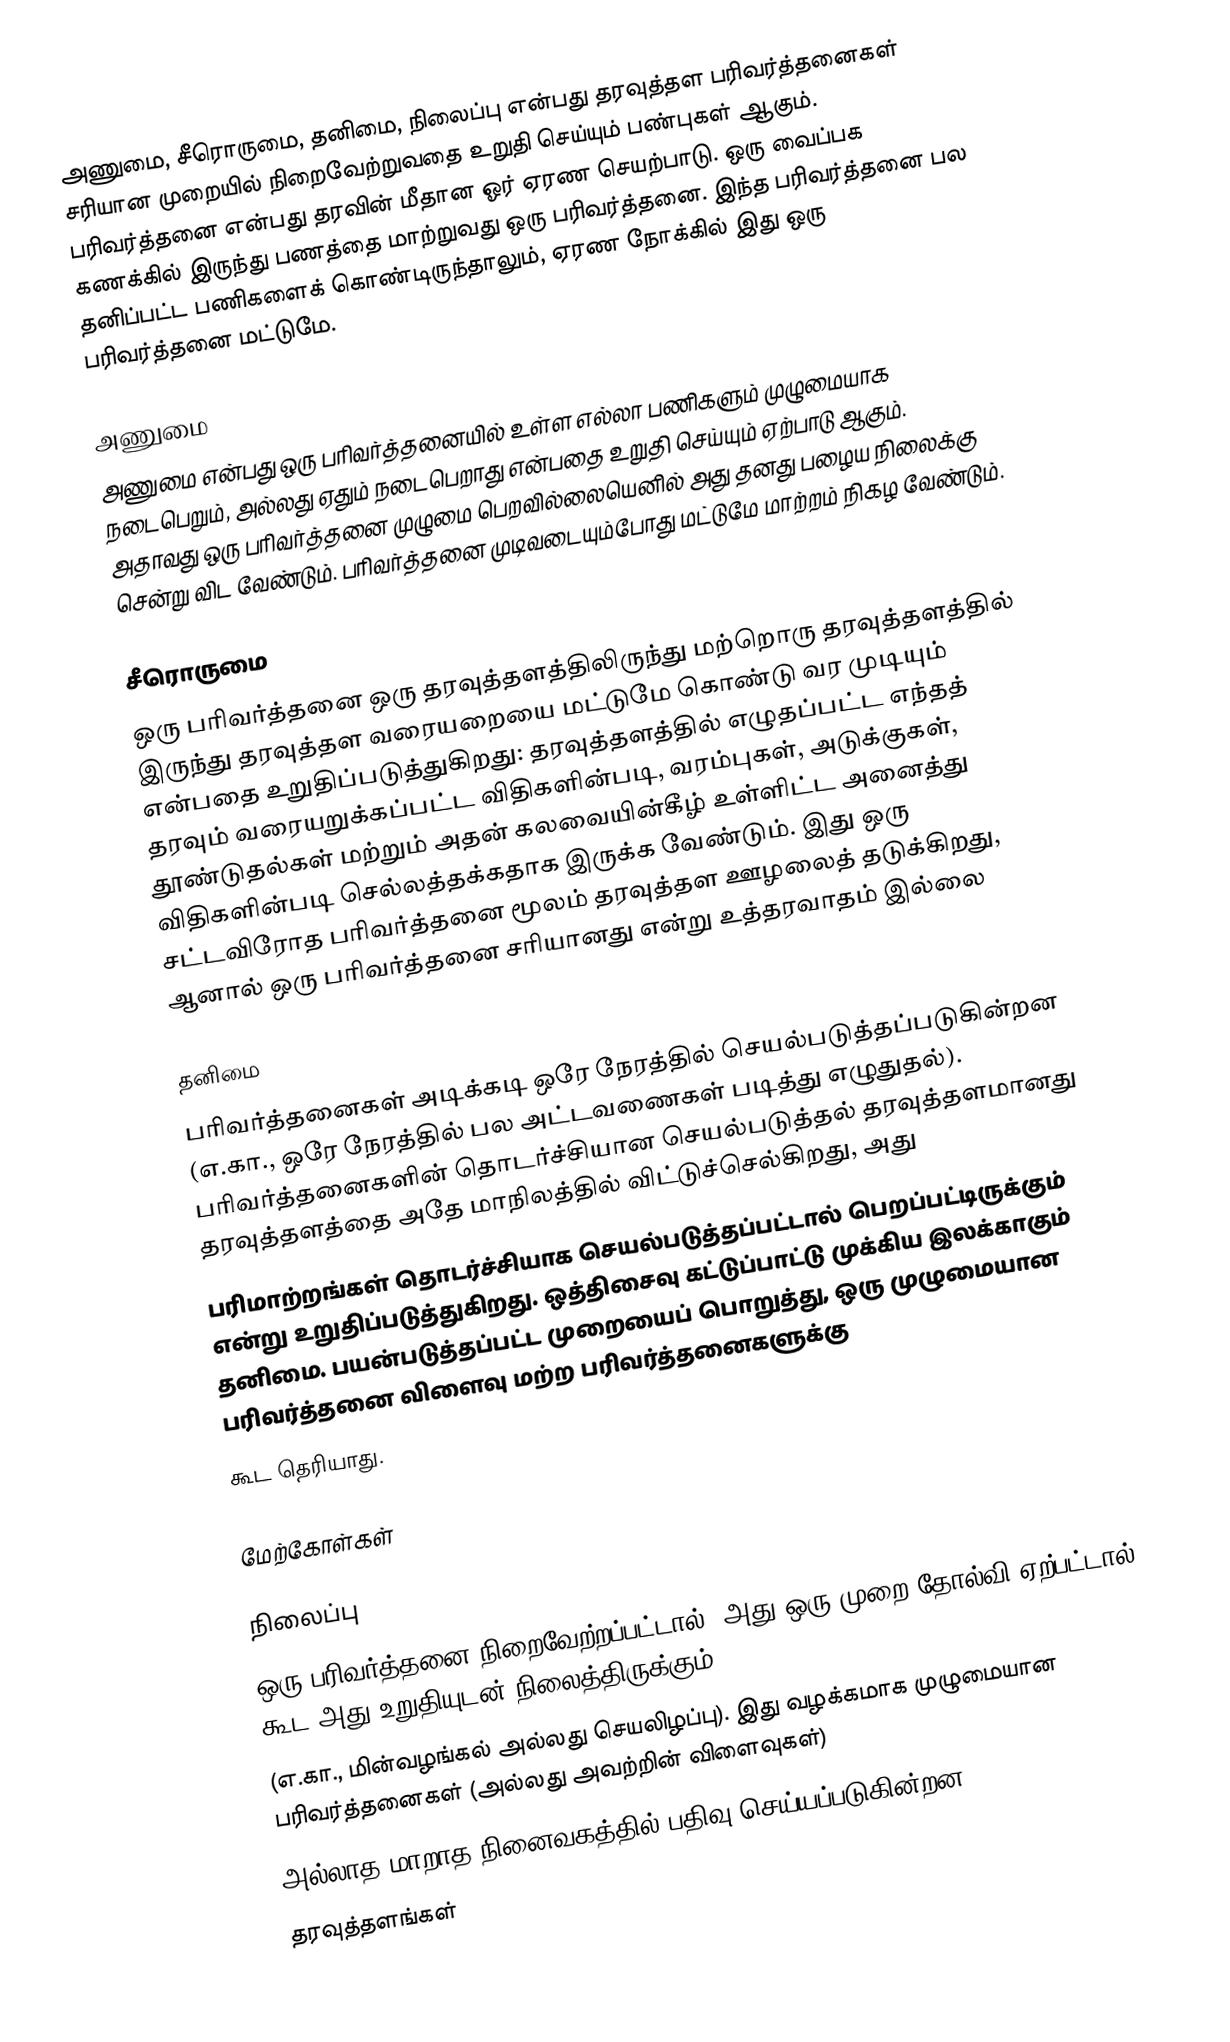
அணுமை, சீரொருமை, தனிமை, நிலைப்பு என்பது தரவுத்தள பரிவர்த்தனைகள் சரியான முறையில் நிறைவேற்றுவதை உறுதி செய்யும் பண்புகள் ஆகும். பரிவர்த்தனை என்பது தரவின் மீதான ஓர் ஏரண செயற்பாடு. ஒரு வைப்பக கணக்கில் இருந்து பணத்தை மாற்றுவது ஒரு பரிவர்த்தனை. இந்த பரிவர்த்தனை பல தனிப்பட்ட பணிகளைக் கொண்டிருந்தாலும், ஏரண நோக்கில் இது ஒரு பரிவர்த்தனை மட்டுமே.

அணுமை
அணுமை என்பது ஒரு பரிவர்த்தனையில் உள்ள எல்லா பணிகளும் முழுமையாக நடைபெறும், அல்லது ஏதும் நடைபெறாது என்பதை உறுதி செய்யும் ஏற்பாடு ஆகும். அதாவது ஒரு பரிவர்த்தனை முழுமை பெறவில்லையெனில் அது தனது பழைய நிலைக்கு சென்று விட வேண்டும். பரிவர்த்தனை முடிவடையும்போது மட்டுமே மாற்றம் நிகழ வேண்டும்.

சீரொருமை
ஒரு பரிவர்த்தனை ஒரு தரவுத்தளத்திலிருந்து மற்றொரு தரவுத்தளத்தில் இருந்து தரவுத்தள வரையறையை மட்டுமே கொண்டு வர முடியும் என்பதை உறுதிப்படுத்துகிறது: தரவுத்தளத்தில் எழுதப்பட்ட எந்தத் தரவும் வரையறுக்கப்பட்ட விதிகளின்படி, வரம்புகள், அடுக்குகள், தூண்டுதல்கள் மற்றும் அதன் கலவையின்கீழ் உள்ளிட்ட அனைத்து விதிகளின்படி செல்லத்தக்கதாக இருக்க வேண்டும். இது ஒரு சட்டவிரோத பரிவர்த்தனை மூலம் தரவுத்தள ஊழலைத் தடுக்கிறது, ஆனால் ஒரு பரிவர்த்தனை சரியானது என்று உத்தரவாதம் இல்லை

தனிமை
பரிவர்த்தனைகள் அடிக்கடி ஒரே நேரத்தில் செயல்படுத்தப்படுகின்றன (எ.கா., ஒரே நேரத்தில் பல அட்டவணைகள் படித்து எழுதுதல்). பரிவர்த்தனைகளின் தொடர்ச்சியான செயல்படுத்தல் தரவுத்தளமானது தரவுத்தளத்தை அதே மாநிலத்தில் விட்டுச்செல்கிறது, அது
பரிமாற்றங்கள் தொடர்ச்சியாக செயல்படுத்தப்பட்டால் பெறப்பட்டிருக்கும் என்று உறுதிப்படுத்துகிறது. ஒத்திசைவு கட்டுப்பாட்டு முக்கிய இலக்காகும் தனிமை. பயன்படுத்தப்பட்ட முறையைப் பொறுத்து, ஒரு முழுமையான பரிவர்த்தனை விளைவு மற்ற பரிவர்த்தனைகளுக்கு
கூட தெரியாது.

மேற்கோள்கள்

நிலைப்பு
ஒரு பரிவர்த்தனை நிறைவேற்றப்பட்டால், அது ஒரு முறை தோல்வி ஏற்பட்டால் கூட அது உறுதியுடன் நிலைத்திருக்கும்
(எ.கா., மின்வழங்கல் அல்லது செயலிழப்பு). இது வழக்கமாக முழுமையான பரிவர்த்தனைகள் (அல்லது அவற்றின் விளைவுகள்)
அல்லாத மாறாத நினைவகத்தில் பதிவு செய்யப்படுகின்றன.
தரவுத்தளங்கள்